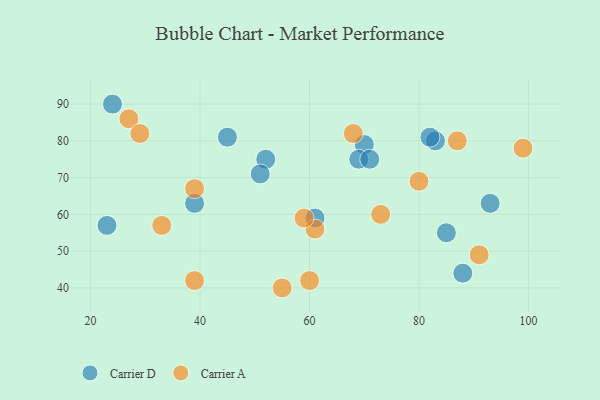
{"axis": {"x": "GDP", "y": "Life Expectancy"}, "legend": ["Carrier A", "Carrier D"], "data": [{"x": "70", "y": 79, "type": "Carrier D"}, {"x": "24", "y": 90, "type": "Carrier D"}, {"x": "52", "y": 75, "type": "Carrier D"}, {"x": "61", "y": 59, "type": "Carrier D"}, {"x": "23", "y": 57, "type": "Carrier D"}, {"x": "69", "y": 75, "type": "Carrier D"}, {"x": "71", "y": 75, "type": "Carrier D"}, {"x": "39", "y": 63, "type": "Carrier D"}, {"x": "83", "y": 80, "type": "Carrier D"}, {"x": "88", "y": 44, "type": "Carrier D"}, {"x": "93", "y": 63, "type": "Carrier D"}, {"x": "82", "y": 81, "type": "Carrier D"}, {"x": "51", "y": 71, "type": "Carrier D"}, {"x": "45", "y": 81, "type": "Carrier D"}, {"x": "85", "y": 55, "type": "Carrier D"}, {"x": "33", "y": 57, "type": "Carrier A"}, {"x": "39", "y": 42, "type": "Carrier A"}, {"x": "91", "y": 49, "type": "Carrier A"}, {"x": "68", "y": 82, "type": "Carrier A"}, {"x": "55", "y": 40, "type": "Carrier A"}, {"x": "60", "y": 42, "type": "Carrier A"}, {"x": "61", "y": 56, "type": "Carrier A"}, {"x": "87", "y": 80, "type": "Carrier A"}, {"x": "27", "y": 86, "type": "Carrier A"}, {"x": "99", "y": 78, "type": "Carrier A"}, {"x": "80", "y": 69, "type": "Carrier A"}, {"x": "29", "y": 82, "type": "Carrier A"}, {"x": "73", "y": 60, "type": "Carrier A"}, {"x": "39", "y": 67, "type": "Carrier A"}, {"x": "59", "y": 59, "type": "Carrier A"}]}